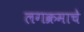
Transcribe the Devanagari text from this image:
लगक्रमाचे